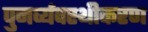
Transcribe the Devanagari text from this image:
पुनर्व्यवस्थीकरण